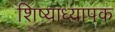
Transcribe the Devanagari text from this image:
शिष्याध्यापक